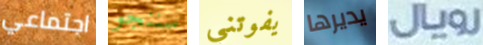
اجتماعي سننجو يفوتني يديرها رويال